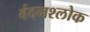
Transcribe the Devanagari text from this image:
वंदनश्लोक